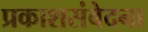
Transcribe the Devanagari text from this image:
प्रकाशसंवेदना